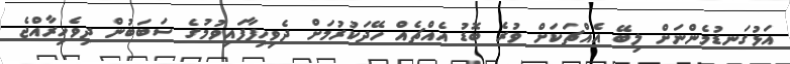
އަޅުގަނޑުމެންނަށް ލިބޭ އެއްޗަކަށް ވުރެ ބޮޑު އެއްޗެއް ހޭދަކުރުމަށް ދެވިހިފާފައިވުމުގެ ސަބަބުން ދިވެހިރާއްޖެ